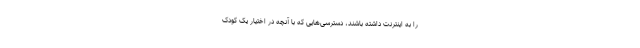
را به اینترنت داشته باشند، دسترسی‌هایی که با آنچه در اختیار یک کودک